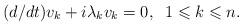
LaTeX: \begin{align*}(d/dt)v_k+i\lambda_k v_k=0, \;\; 1\leqslant k\leqslant n.\end{align*}